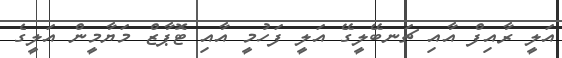
އަލީ ރާއިފް އާއި ޗަނބޭލީގޭ އަލީ ފަހުމީ އާއި ޓޮޕާޒް މަޔާމީން އަލީގެ